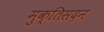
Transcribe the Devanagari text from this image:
मुक्तिसदन